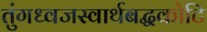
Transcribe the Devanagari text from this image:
तुंगध्वजस्वार्थबद्धकोटि